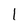
Character: l